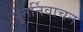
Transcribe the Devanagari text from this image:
पुनर्निवाचन